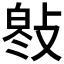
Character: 𢾓